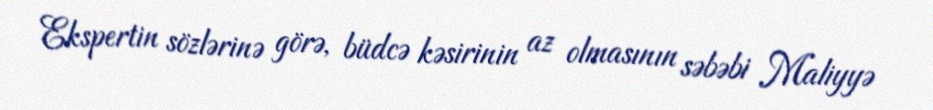
Ekspertin sözlərinə görə, büdcə kəsirinin az olmasının səbəbi Maliyyə